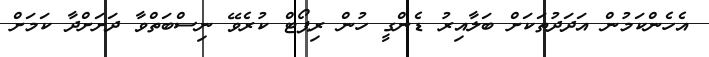
އެހެންކަމުން އަދަދުތަކަށް ބަލާއިރު ޑެންގީ ހުން ރިޕޯޓް ކުރެވޭ ނިސްބަތްވާ ދަށަށްދާ ކަމަށް